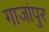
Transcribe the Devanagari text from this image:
गाजांपुर